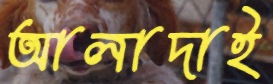
আলাদাই